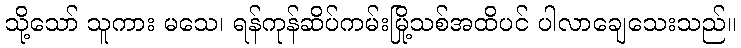
သို့သော် သူကား မသေ၊ ရန်ကုန်ဆိပ်ကမ်းမြို့သစ်အထိပင် ပါလာချေသေးသည်။